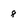
Character: 8